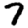
Digit: 7